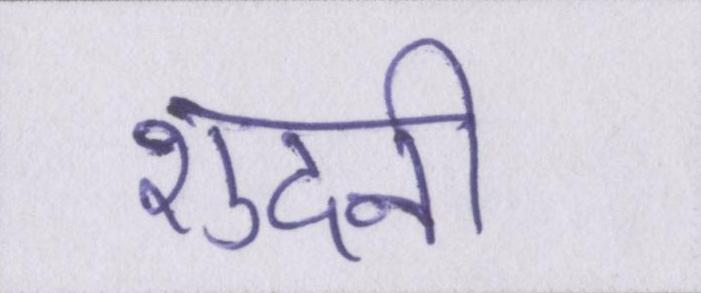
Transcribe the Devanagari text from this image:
शुदनी